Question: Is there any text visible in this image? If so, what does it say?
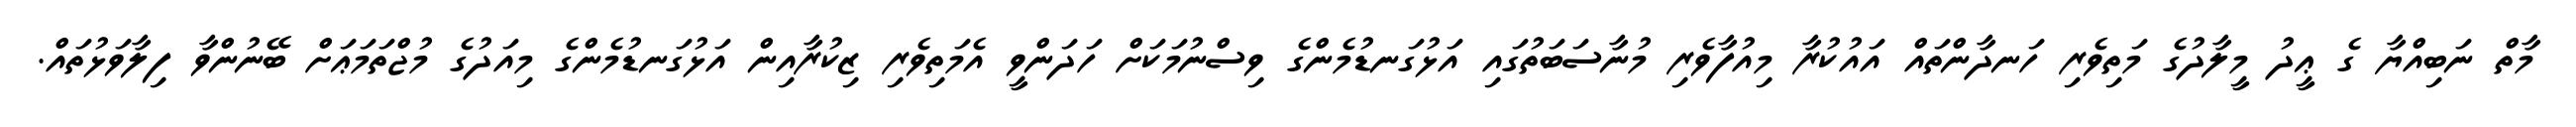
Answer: މާތް ނަބިއްޔާ ގެ ޢީދު މީލާދުގެ މަތިވެރި ހަނދާންތައް އައުކުރާ މިއުފާވެރި މުނާސަބަތުގައި އަޅުގަނޑުމެންގެ ވިސްނުމަކަށް ހަދަންވީ އެމަތިވެރި ޒިކުރާއިން އަޅުގަނޑުމެންގެ މިއަދުގެ މުޖްތަމަޢަށް ބޭނުންވާ ފިލާވަޅުތައް.